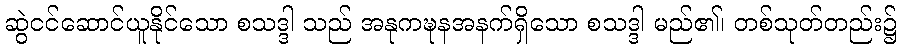
ဆွဲငင်ဆောင်ယူနိုင်သော စသဒ္ဒါ သည် အနုကဍ္ဎနအနက်ရှိသော စသဒ္ဒါ မည်၏၊ တစ်သုတ်တည်း၌